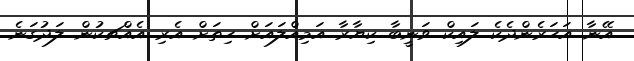
އޭނާ އަހަރެންދެކެ ލައިކް ވަނީބާ ކިޔާރާ އަމިއްލައަށް ހިތަށް އެރި އެއްޗކުން ލަދުގަނެ